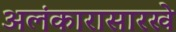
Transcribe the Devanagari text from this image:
अलंकारासारखे